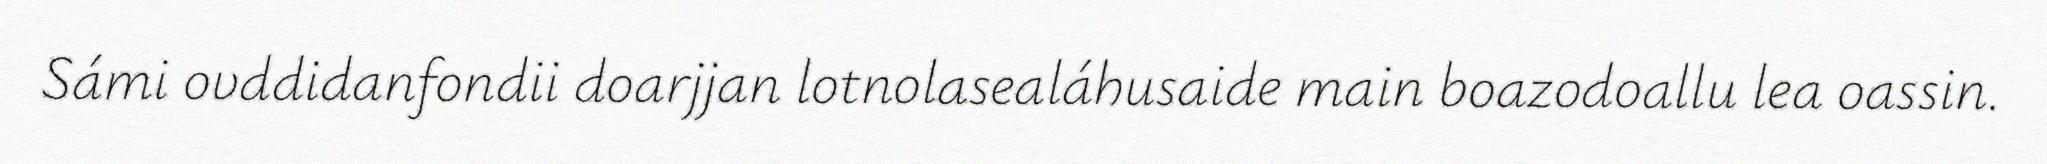
Sámi ovddidanfondii doarjjan lotnolasealáhusaide main boazodoallu lea oassin.